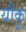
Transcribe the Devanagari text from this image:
यौकू